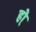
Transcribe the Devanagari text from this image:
हो्